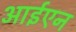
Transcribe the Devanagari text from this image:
आईएन